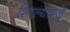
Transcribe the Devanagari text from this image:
शिरल्यामुळे